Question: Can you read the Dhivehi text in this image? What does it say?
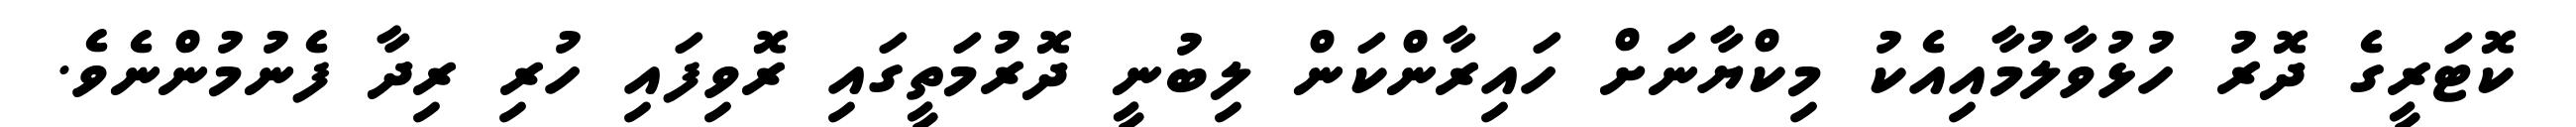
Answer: ކޮޓަރީގެ ދޮރު ހުޅުވާލުމާއިއެކު މިކްޔާނަށް ހައިރާންކަން ލިބުނީ ދޮރުމަތީގައި ރޮވިފައި ހުރި ރިދާ ފެނުމުންނެވެ.